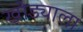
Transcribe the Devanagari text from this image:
खोड्याला